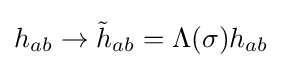
h_{ab}\to {\tilde {h}}_{ab}=\Lambda (\sigma )h_{ab}